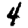
Digit: 4